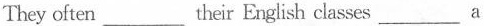
They often ___ their English classes ___ a